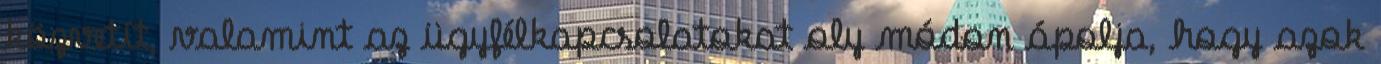
közvetít, valamint az ügyfélkapcsolatokat oly módon ápolja, hogy azok